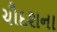
ચૌદશના